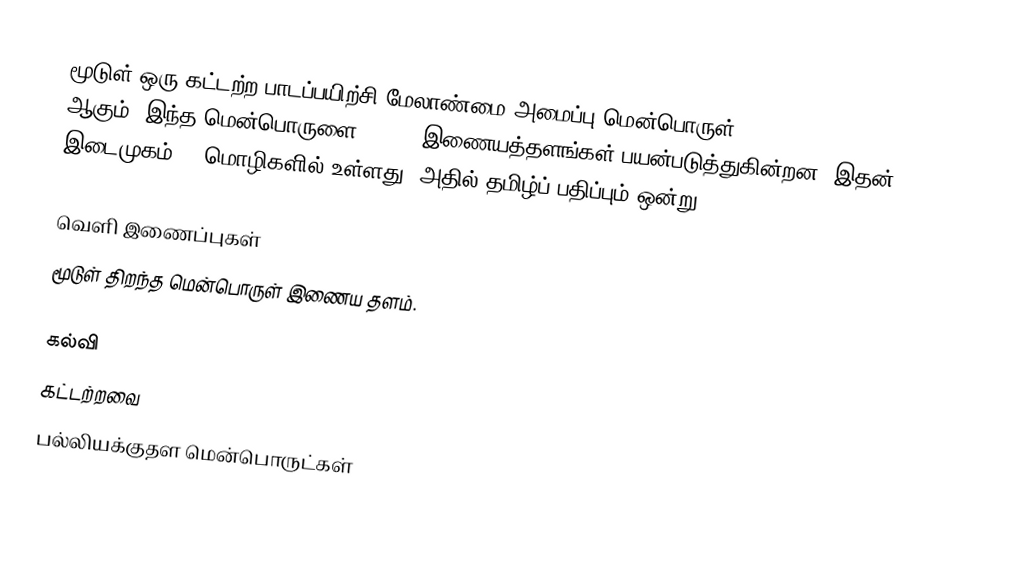
மூடுள் ஒரு கட்டற்ற பாடப்பயிற்சி மேலாண்மை அமைப்பு மென்பொருள் (Course Management System) ஆகும். இந்த மென்பொருளை 38,896 இணையத்தளங்கள் பயன்படுத்துகின்றன.  இதன் இடைமுகம் 40 மொழிகளில் உள்ளது.  அதில் தமிழ்ப் பதிப்பும் ஒன்று.

வெளி இணைப்புகள்
மூடுள் திறந்த மென்பொருள் இணைய தளம்.

கல்வி
கட்டற்றவை
பல்லியக்குதள மென்பொருட்கள்